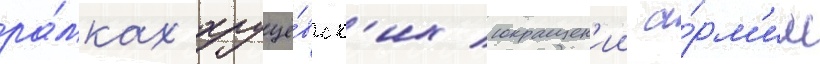
ра́мках хрущё́вск'их сокращен'ии а́рм'ии